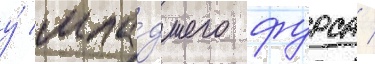
у́ мла́дшего фурса /